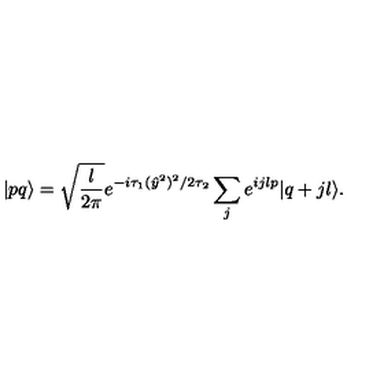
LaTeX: | p q \rangle = \sqrt { \frac { l } { 2 \pi } } e ^ { - i \tau _ { 1 } ( \hat { y } ^ { 2 } ) ^ { 2 } / { 2 \tau _ { 2 } } } \sum _ { j } e ^ { i j l p } | q + j l \rangle .